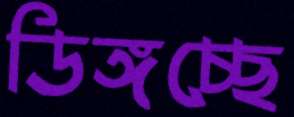
ডিঙ্গচ্ছে